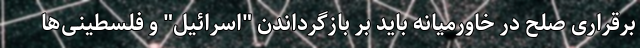
برقراری صلح در خاورمیانه باید بر بازگرداندن "اسرائیل" و فلسطینی‌ها